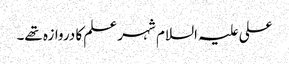
علی علیہ السلام شہر علم کا دروازہ تھے۔